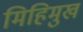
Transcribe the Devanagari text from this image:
मिहिमुख